Medical and sanitary report on the native army of Bombay for the year
Year: 1877
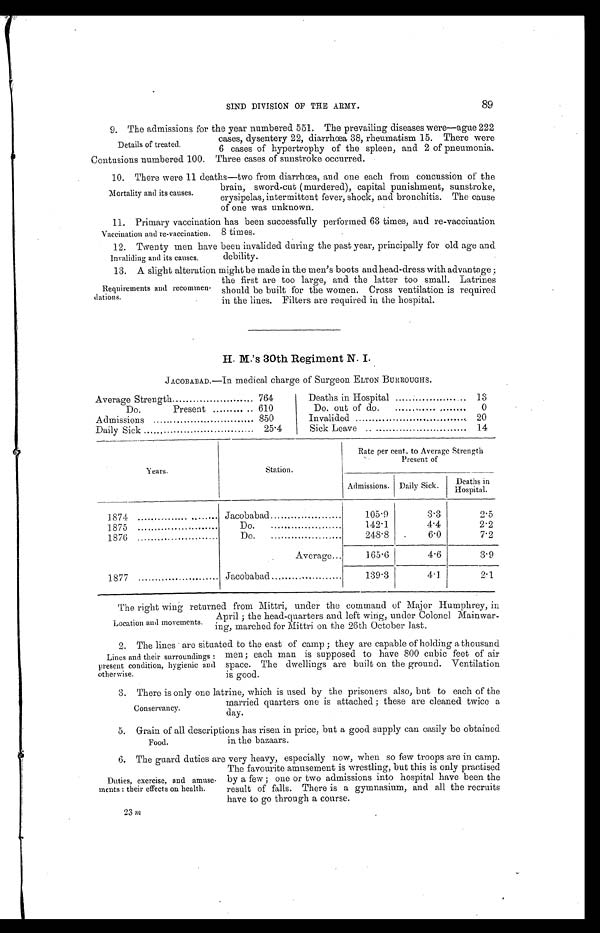
11. Primary vaccination has been successfully performed 63 times, and re-vaccination
8 times.
Invaliding and its causes.
SIND DIVISION OF THE ARMY.
89
Details of treated.
9. The admissions for the year numbered 551. The prevailing diseases were—ague 222
cases, dysentery 22, diarrhœa 38, rheumatism 15. There were
6 cases of hypertrophy of the spleen, and 2 of pneumonia.
Contusions numbered 100. Three cases of sunstroke occurred.
Mortality and its causes.
1 0 . T h e r e w e r e 1 1 d e a t h s — t w o f r o m d i a r r h œ a , a n d o n e e a c h f r o m c o n c u s s i o n o f t h e
brain, sword-cut (murdered), capital punishment, sunstroke,
erysipelas, intermittent fever, shock, and bronchitis. The cause
of one was unknown.
Vaccination and re-vaccination.
12. Twenty men have been invalided during the past year, principally for old age and
debility.
Requirements and recommen-
dations.
13. A slight alteration might be made in the men's boots and head-dress with advantage ;
the first are too large, and the latter too small. Latrines
should be built for the women. Cross ventilation is required
in the lines. Filters are required in the hospital.
H. M.'s 30th Regiment N. I.
JACOBABAD.—In medical charge of Surgeon ELTON BURROUGHS.
Average Strength
764
Deaths in Hospital
13
Do.
Present
610
Do out of do.
0
Admissions
850
Invalided
20
Daily Sick
25.4
Sick Leave
14
Years.
Station.
Rate per cent. to Average Strength
Present of
Admissions. Daily Sick.
Deaths in
H o s p i t a l .
1874
Jacobabad
105.9
3.3
2.5
1875
Do.
142.1
4.4
2.2
1876
Do.
248.8
6.0
7.2
Average...
165.6
4.6
3.9
1877
Jacobabad
189.3
4.1.
2.1
Location and movements.
The right wing returned from Mittri, under the command of Major Humphrey, in
April ; the head-quarters and left wing, under Colonel Mainwar-
ing, marched for Mittri on the 26th October last.
Lines and their surroundings :
present condition, hygienic and
otherwise.
2. The lines are situated to the east of camp ; they are capable of holding a thousand
men ; each man is supposed to have 800 cubic feet of air
space. The dwellings are built on the ground. Ventilation
is good.
Conservancy.
3. There is only one latrine, which is used by the prisoners also, but to each of the
married quarters one is attached ; these are cleaned twice a
day.
Food.
5. Grain of all descriptions has risen in price, but a good supply can easily be obtained.
in the bazaars.
Duties, exercise, and amuse-
ments : their effects on health.
6. The guard duties are very heavy, especially now, when so few troops are in camp.
The favourite amusement is wrestling, but this is only practised
by a few ; one or two admissions into hospital have been the
result of falls. There is a gymnasium, and all the recruits
have to go through a course.
23 m